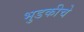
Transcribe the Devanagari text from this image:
भुडकीचे